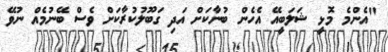
"އެންމެ މޮޅީ ޝަލަބީއޭ އެހެން ބުނާކަށް އަދި ގަބޫލުކުރާކަށް ވެސް ބޭނުމެއް ނުވޭ